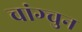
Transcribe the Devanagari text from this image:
चांग्चुन